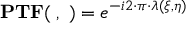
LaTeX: \mathbf { P T F ( \xi , \eta ) } = e ^ { - i 2 \cdot \pi \cdot \lambda ( \xi , \eta ) }